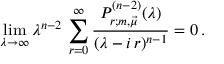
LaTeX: \operatorname * { l i m } _ { \lambda \rightarrow \infty } \lambda ^ { n - 2 } \, \sum _ { r = 0 } ^ { \infty } { \frac { P _ { r ; m , \vec { \mu } } ^ { ( n - 2 ) } ( \lambda ) } { ( \lambda - i \, r ) ^ { n - 1 } } } = 0 \, .